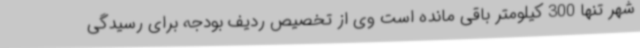
شهر تنها 300 کیلومتر باقی مانده است وی از تخصیص ردیف بودجه برای رسیدگی